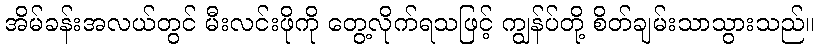
အိမ်ခန်းအလယ်တွင် မီးလင်းဖိုကို တွေ့လိုက်ရသဖြင့် ကျွန်ပ်တို့ စိတ်ချမ်းသာသွားသည်။